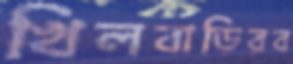
খিলবাড়িরব